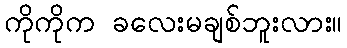
ကိုကိုက ခလေးမချစ်ဘူးလား။